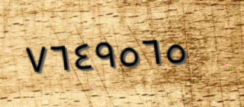
٧٦٤٩٥٦٥